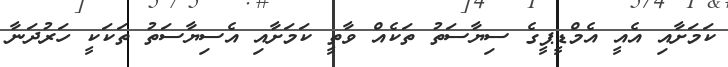
ކަމަށާއި އެއީ އެމްޑީޕީގެ ސިޔާސަތު ތަކެއް ވާތީ ކަމަށާއި އެސިޔާސަތު ތަކަކީ ހަރުދަނާ